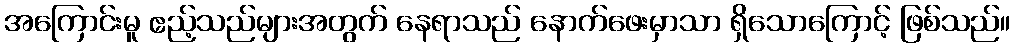
အကြောင်းမူ ဧည့်သည်များအတွက် နေရာသည် နောက်ဖေးမှာသာ ရှိသောကြောင့် ဖြစ်သည်။